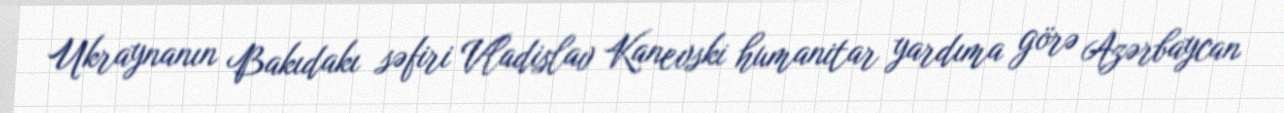
Ukraynanın Bakıdakı səfiri Vladislav Kanevski humanitar yardıma görə Azərbaycan